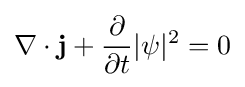
\nabla \cdot \mathbf {j} +{\partial  \over \partial t}|\psi |^{2}=0